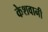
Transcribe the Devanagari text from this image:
केशवानी